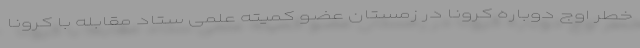
خطر اوج دوباره کرونا در زمستان عضو کمیته علمی ستاد مقابله با کرونا